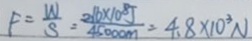
F = \frac { W } { S } = \frac { 2 1 6 \times 1 0 ^ { 8 } J } { 4 5 0 0 0 m } = 4 . 8 \times 1 0 ^ { 3 } N